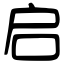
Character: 启